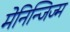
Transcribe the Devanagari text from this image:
मेनिन्जिज्म